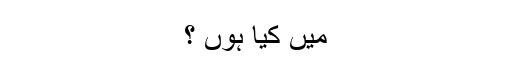
میں کیا ہوں ؟